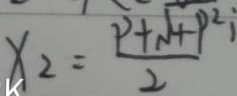
x _ { 2 } = \frac { p ^ { 2 } + \sqrt { 4 p ^ { 2 } } } { 2 }